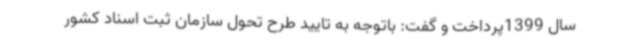
سال 1399پرداخت و گفت: باتوجه به تایید طرح تحول سازمان ثبت اسناد کشور